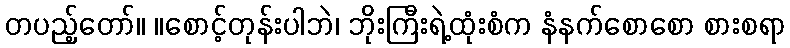
တပည့်တော်။ ။စောင့်တုန်းပါဘဲ၊ ဘိုးကြီးရဲ့ထုံးစံက နံနက်စောစော စားစရာ